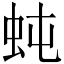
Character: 𧉙